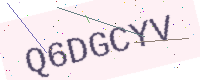
Text: Q6DGCYV